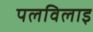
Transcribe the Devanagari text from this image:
पलविलाइ